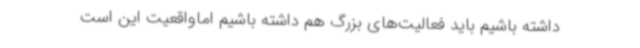
داشته باشیم باید فعالیت‌های بزرگ هم داشته باشیم اماواقعیت این است